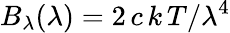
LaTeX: B_{\lambda}(\lambda)=2\, c\, k\, T/\lambda^{4}